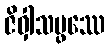
ဇိဝှါသမ္ဖဿေ